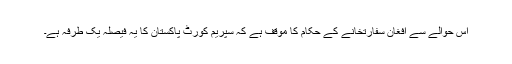
اس حوالے سے افغان سفارتخانے کے حکام کا موقف ہے کہ سپریم کورٹ پاکستان کا یہ فیصلہ یک طرفہ ہے۔